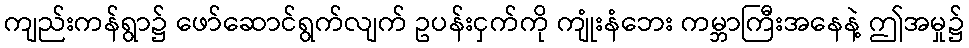
ကျည်းကန်ရွာ၌ ဖော်ဆောင်ရွက်လျက် ဥပန်းငှက်ကို ကျုံးနံဘေး ကမ္ဘာကြီးအနေနဲ့ ဤအမှု၌